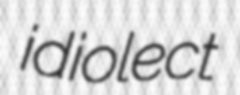
idiolect